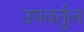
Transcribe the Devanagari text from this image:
उपवर्तुल